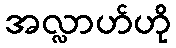
အလ္လာဟ်ဟို